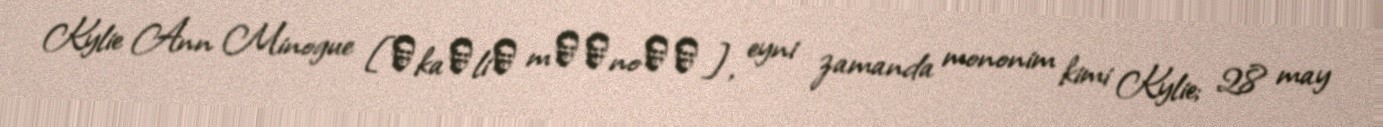
Kylie Ann Minogue [ˈkaɪliː mɨˈnoʊɡ], eyni zamanda mononim kimi Kylie; 28 may